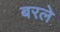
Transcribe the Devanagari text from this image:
बरले